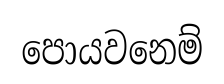
පොයවනෙම්